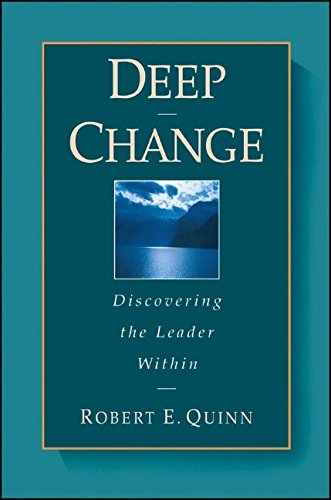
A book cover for Deep Change: Discovering the Leader Within (The Jossey-Bass Business & Management Series); Robert E. Quinn; Business & Money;